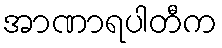
အာဏာရပါတီက